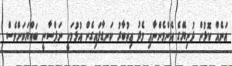
އަނެއް ކޮޅުން ދުނިޔޭގެ އެންމެންނާއި މެދު ޢިތުބާރު ކަނޑާލައިގެން އުޅުމަކީ ނަފްސާނީ ބައްޔަކަށްވެސް